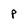
Character: p